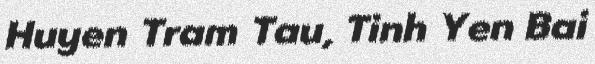
Huyen Tram Tau, Tinh Yen Bai